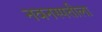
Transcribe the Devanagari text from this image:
नवनस्पतीला